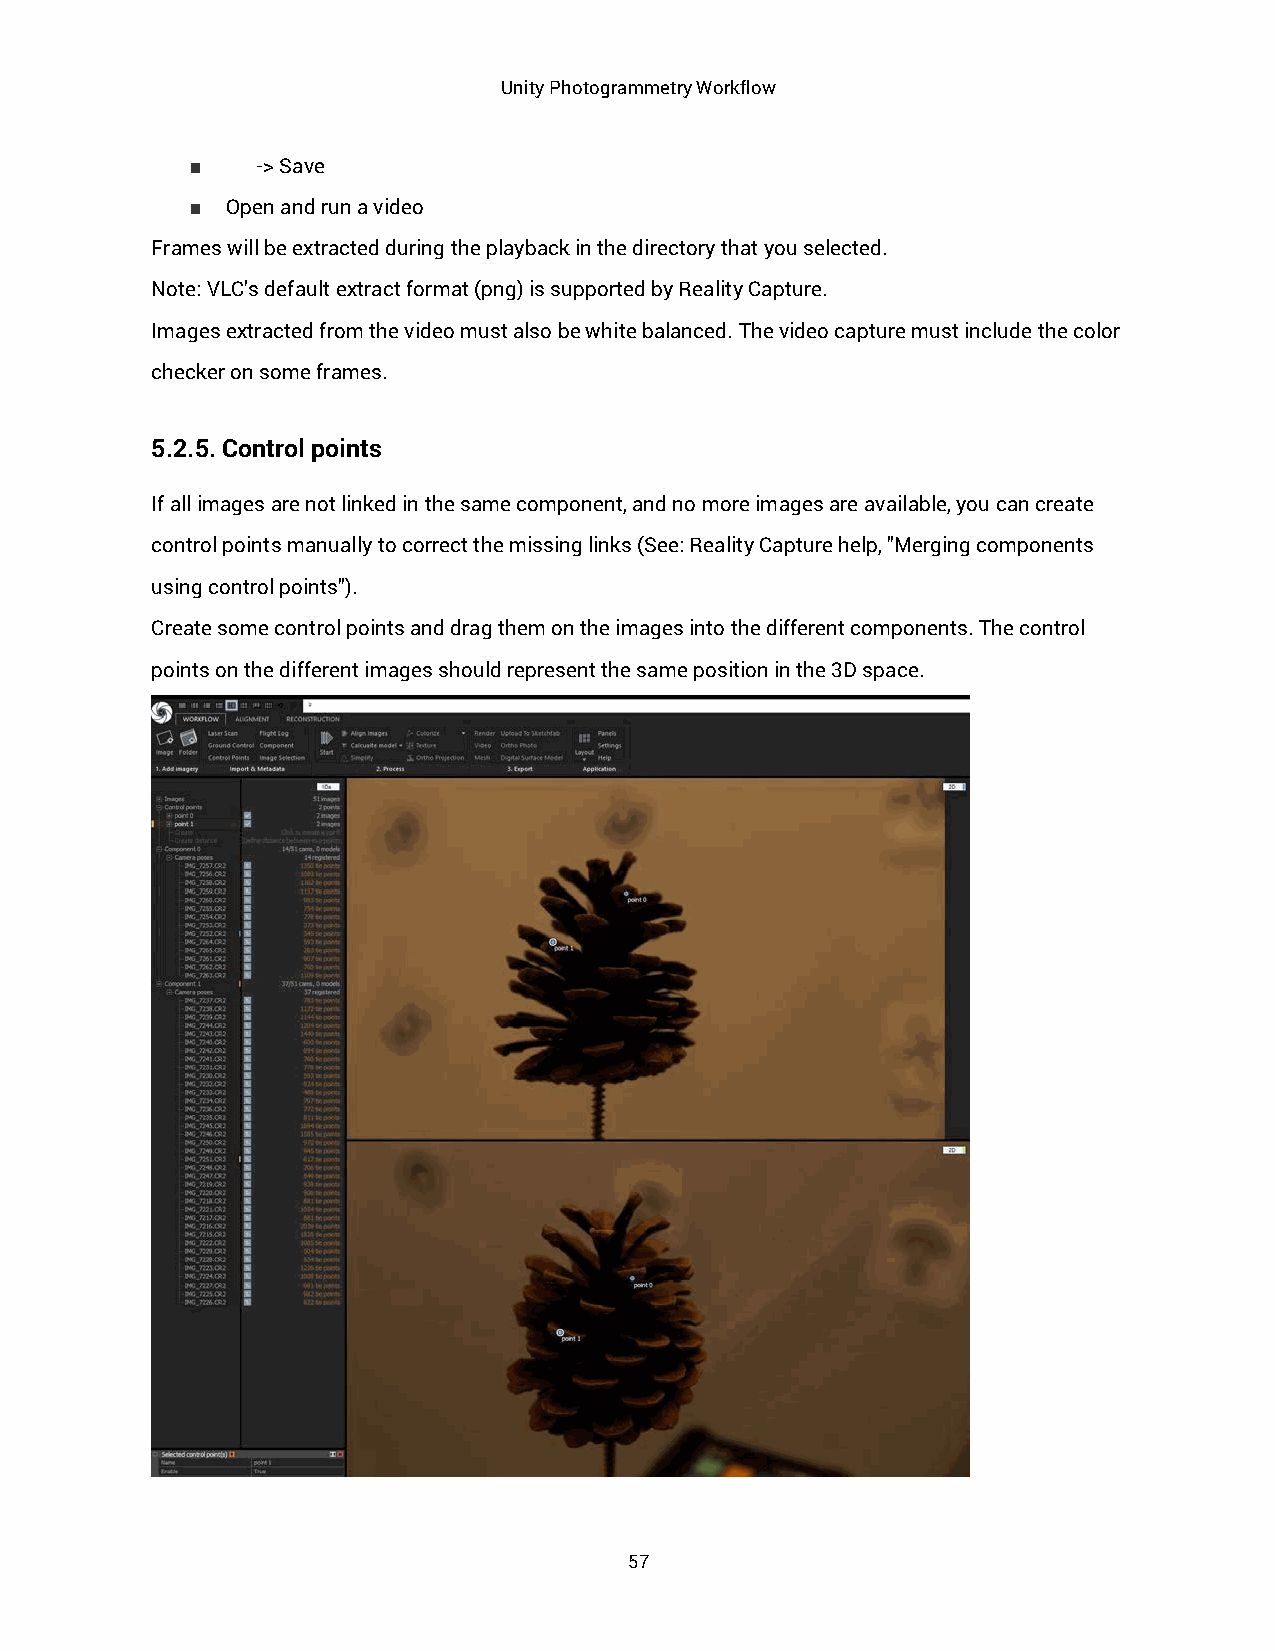
Unity Photogrammetry Workflow
 ■   -> Save
 ■ Open and run a video
 Frames will be extracted during the playback in the directory that you selected.
 Note: VLC’s default extract format (png) is supported by Reality Capture.
 Images extracted from the video must also be white balanced. The video capture must include the color
 checker on some frames.
 5.2.5. Control points
 If all images are not linked in the same component, and no more images are available, you can create
 control points manually to correct the missing links (See: Reality Capture help, "Merging components
 using control points").
 Create some control points and drag them on the images into the different components. The control
 points on the different images should represent the same position in the 3D space.
 57